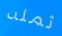
ثمله